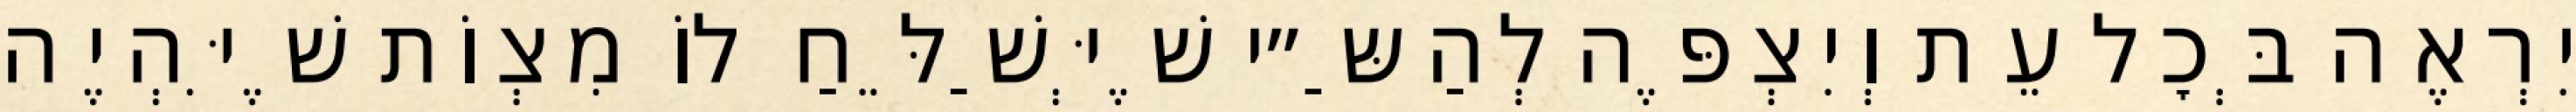
יִרְאֶה בְּכׇל עֵת וְיִצְפֶּה לְהַשַּ״י שֶׁיְּשַׁלֵּחַ לוֹ מִצְוֹת שֶׁיִּהְיֶה